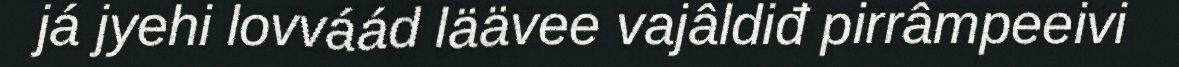
já jyehi lovváád läävee vajâldiđ pirrâmpeeivi